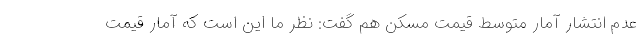
عدم انتشار آمار متوسط قیمت مسکن هم گفت: نظر ما این است که آمار قیمت